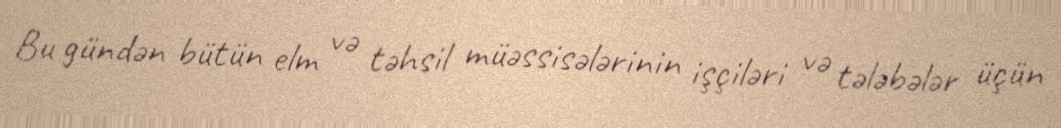
Bu gündən bütün elm və təhsil müəssisələrinin işçiləri və tələbələr üçün